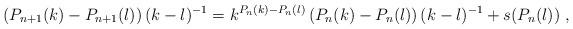
LaTeX: \begin{align*}(P_{n+1}(k) - P_{n+1}(l))\, (k-l)^{-1} =k^{P_n(k)-P_n(l)} \, (P_{n}(k)-P_{n}(l)) \, (k-l)^{-1} + s(P_n(l)) \ ,\end{align*}